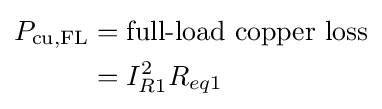
{\begin{aligned}P_{\text{cu,FL}}&={\text{full-load copper loss}}\\&=I_{R1}^{2}R_{eq1}\\\end{aligned}}